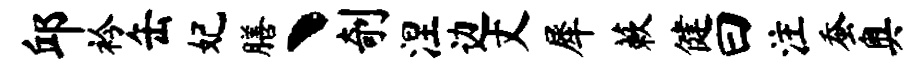
邱衿缶妃膳丶剞涅边丈犀蔌健曰注蚕奥